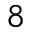
^ 8